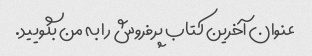
عنوان آخرین کتاب پرفروش را به من بگویید.